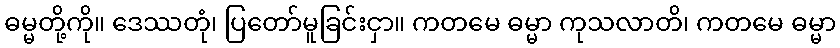
ဓမ္မတို့ကို။ ဒေဿတုံ၊ ပြတော်မူခြင်းငှာ။ ကတမေ ဓမ္မာ ကုသလာတိ၊ ကတမေ ဓမ္မာ